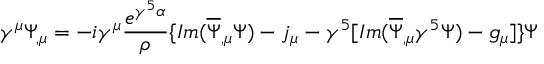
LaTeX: \gamma ^ { \mu } \Psi _ { , \mu } = - i \gamma ^ { \mu } \frac { e ^ { \gamma ^ { 5 } \alpha } } { \rho } \{ I m ( \overline { { { \Psi } } } _ { , \mu } \Psi ) - j _ { \mu } - \gamma ^ { 5 } [ I m ( \overline { { { \Psi } } } _ { , \mu } \gamma ^ { 5 } \Psi ) - g _ { \mu } ] \} \Psi